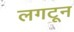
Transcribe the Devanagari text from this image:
लगटून